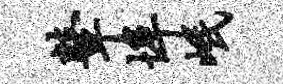
鼙埠岷